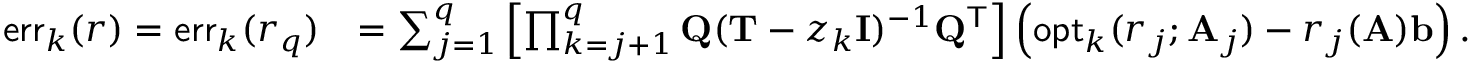
\begin{array} { r l } { \mathsf { e r r } _ { k } ( r ) = \mathsf { e r r } _ { k } ( r _ { q } ) } & { = \sum _ { j = 1 } ^ { q } \left[ \prod _ { k = j + 1 } ^ { q } \mathbf { Q } ( \mathbf { T } - z _ { k } \mathbf { I } ) ^ { - 1 } \mathbf { Q } ^ { \mathsf { T } } \right] \left( \mathsf { o p t } _ { k } ( r _ { j } ; \mathbf { A } _ { j } ) - r _ { j } ( \mathbf { A } ) \mathbf { b } \right) . } \end{array}